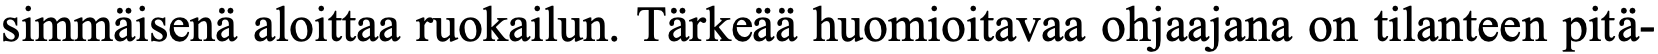
simmäisenä aloittaa ruokailun. Tärkeää huomioitavaa ohjaajana on tilanteen pitä-